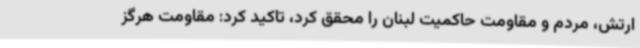
ارتش، مردم و مقاومت حاکمیت لبنان را محقق کرد، تاکید کرد: مقاومت هرگز